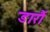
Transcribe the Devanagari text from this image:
डारौं